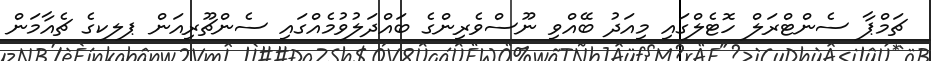
ޗަމްޕާ ސެންޓްރަލް ހޮޓެލްގައި މިއަދު ބޭއްވި ނޫސްވެރިންގެ ބައްދަލުވުމެއްގައި ސެންޗޫރިއަން ޕލކގެ ޗެއާމަން